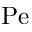
\mathrm { P e }